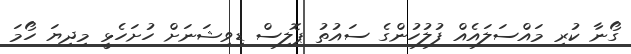
ގޯނާ ކުރި މައްސަލައެއް ފުލުހުންގެ ސައުތު ޕޮލިސް ޑިވިޝަނަށް ހުށަހެޅީ މިދިޔަ ހޯމަ